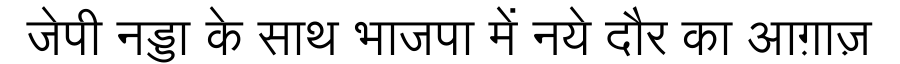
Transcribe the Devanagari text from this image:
जेपी नड्डा के साथ भाजपा में नये दौर का आग़ाज़